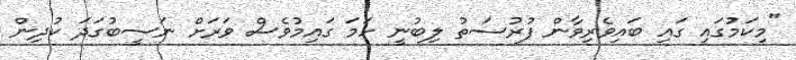
"މިކަމުގައި ގައި ބައިވެރިވާން ފުރުސަތު ލިބުނީ ހަމަ ގައިމުވެސް ވަރަށް ނަސީބުގަދަ ކުދިން